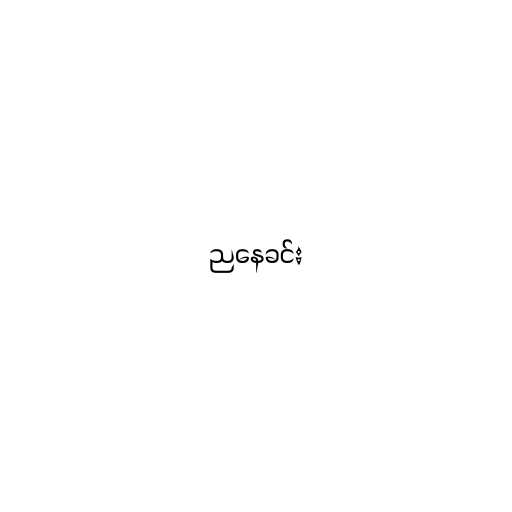
ညနေခင်း